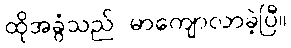
ထိုအခွံသည် မာကျောလာခဲ့ပြီ။